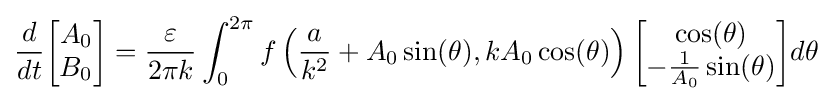
{\frac {d}{dt}}{\begin{bmatrix}A_{0}\\B_{0}\end{bmatrix}}={\frac {\varepsilon }{2\pi k}}\int _{0}^{2\pi }f\left({\frac {a}{k^{2}}}+A_{0}\sin(\theta ),kA_{0}\cos(\theta )\right){\begin{bmatrix}\cos(\theta )\\-{\frac {1}{A_{0}}}\sin(\theta )\end{bmatrix}}d\theta